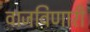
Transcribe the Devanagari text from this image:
वाजविणारी